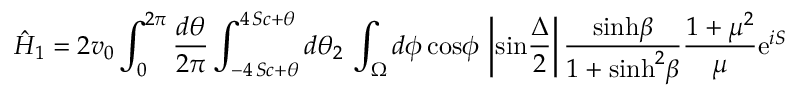
\hat { H } _ { 1 } = 2 v _ { 0 } \int _ { 0 } ^ { 2 \pi } { \frac { d \theta } { 2 \pi } } \int _ { - 4 \, S c + \theta } ^ { 4 \, S c + \theta } d \theta _ { 2 } \, \int _ { \Omega } d \phi \, \mathrm { c o s } \phi \, \left| \mathrm { s i n } { \frac { \Delta } { 2 } } \right| { \frac { \mathrm { s i n h } \beta } { 1 + \mathrm { s i n h } ^ { 2 } \beta } } { \frac { 1 + \mu ^ { 2 } } { \mu } } \mathrm { e } ^ { i S }